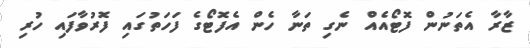
ޒާރާ އެތަނުން ފޮޓޯއެއް ނެގި ތަނާ ހެން އެފޮޓޯގެ ފަހަތުގައި ފޮރުވާފައި ހުރި